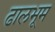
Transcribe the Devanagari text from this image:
ढालभूम